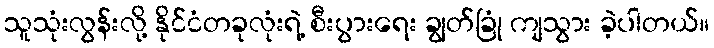
သူသုံးလွန်းလို့ နိုင်ငံတခုလုံးရဲ့ စီးပွားရေး ချွတ်ခြုံ ကျသွား ခဲ့ပါတယ်။